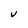
Character: v